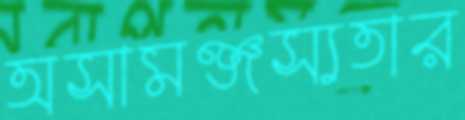
অসামঞ্জস্যতার